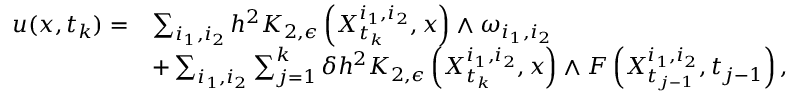
\begin{array} { r l } { u ( x , t _ { k } ) = } & { \sum _ { i _ { 1 } , i _ { 2 } } h ^ { 2 } K _ { 2 , \epsilon } \left( X _ { t _ { k } } ^ { i _ { 1 } , i _ { 2 } } , x \right) \wedge \omega _ { i _ { 1 } , i _ { 2 } } } \\ & { + \sum _ { i _ { 1 } , i _ { 2 } } \sum _ { j = 1 } ^ { k } \delta h ^ { 2 } K _ { 2 , \epsilon } \left( X _ { t _ { k } } ^ { i _ { 1 } , i _ { 2 } } , x \right) \wedge F \left( X _ { t _ { j - 1 } } ^ { i _ { 1 } , i _ { 2 } } , t _ { j - 1 } \right) , } \end{array}